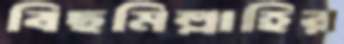
বিছমিল্লাহির